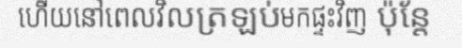
ហើយនៅពេលវិលត្រឡប់មកផ្ទះវិញ ប៉ុន្តែ